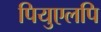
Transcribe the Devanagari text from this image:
पियुएलपि